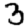
Digit: 3